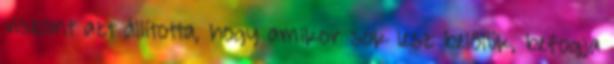
viszont azt állította, hogy amikor sok lesz belőlük, befogja